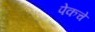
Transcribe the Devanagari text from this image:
पेकचे